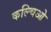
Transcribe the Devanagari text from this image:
कल्चिओ